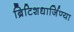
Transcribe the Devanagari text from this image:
ब्रिटिशधार्जिण्या